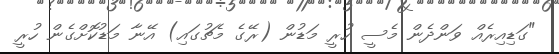
"ގަޑިއިރެއް ވަންދެން މެސީ ހުރީ މަޑުން (ރޭގެ މެޗުގައި) އޭނާ މަޑުކޮށްގެން ހުރީ